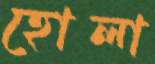
হোলা